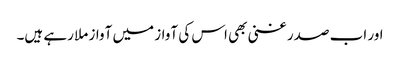
اور اب صدر غنی بھی اس کی آواز میں آواز ملا رہے ہیں۔